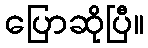
ပြောဆိုပြီ။